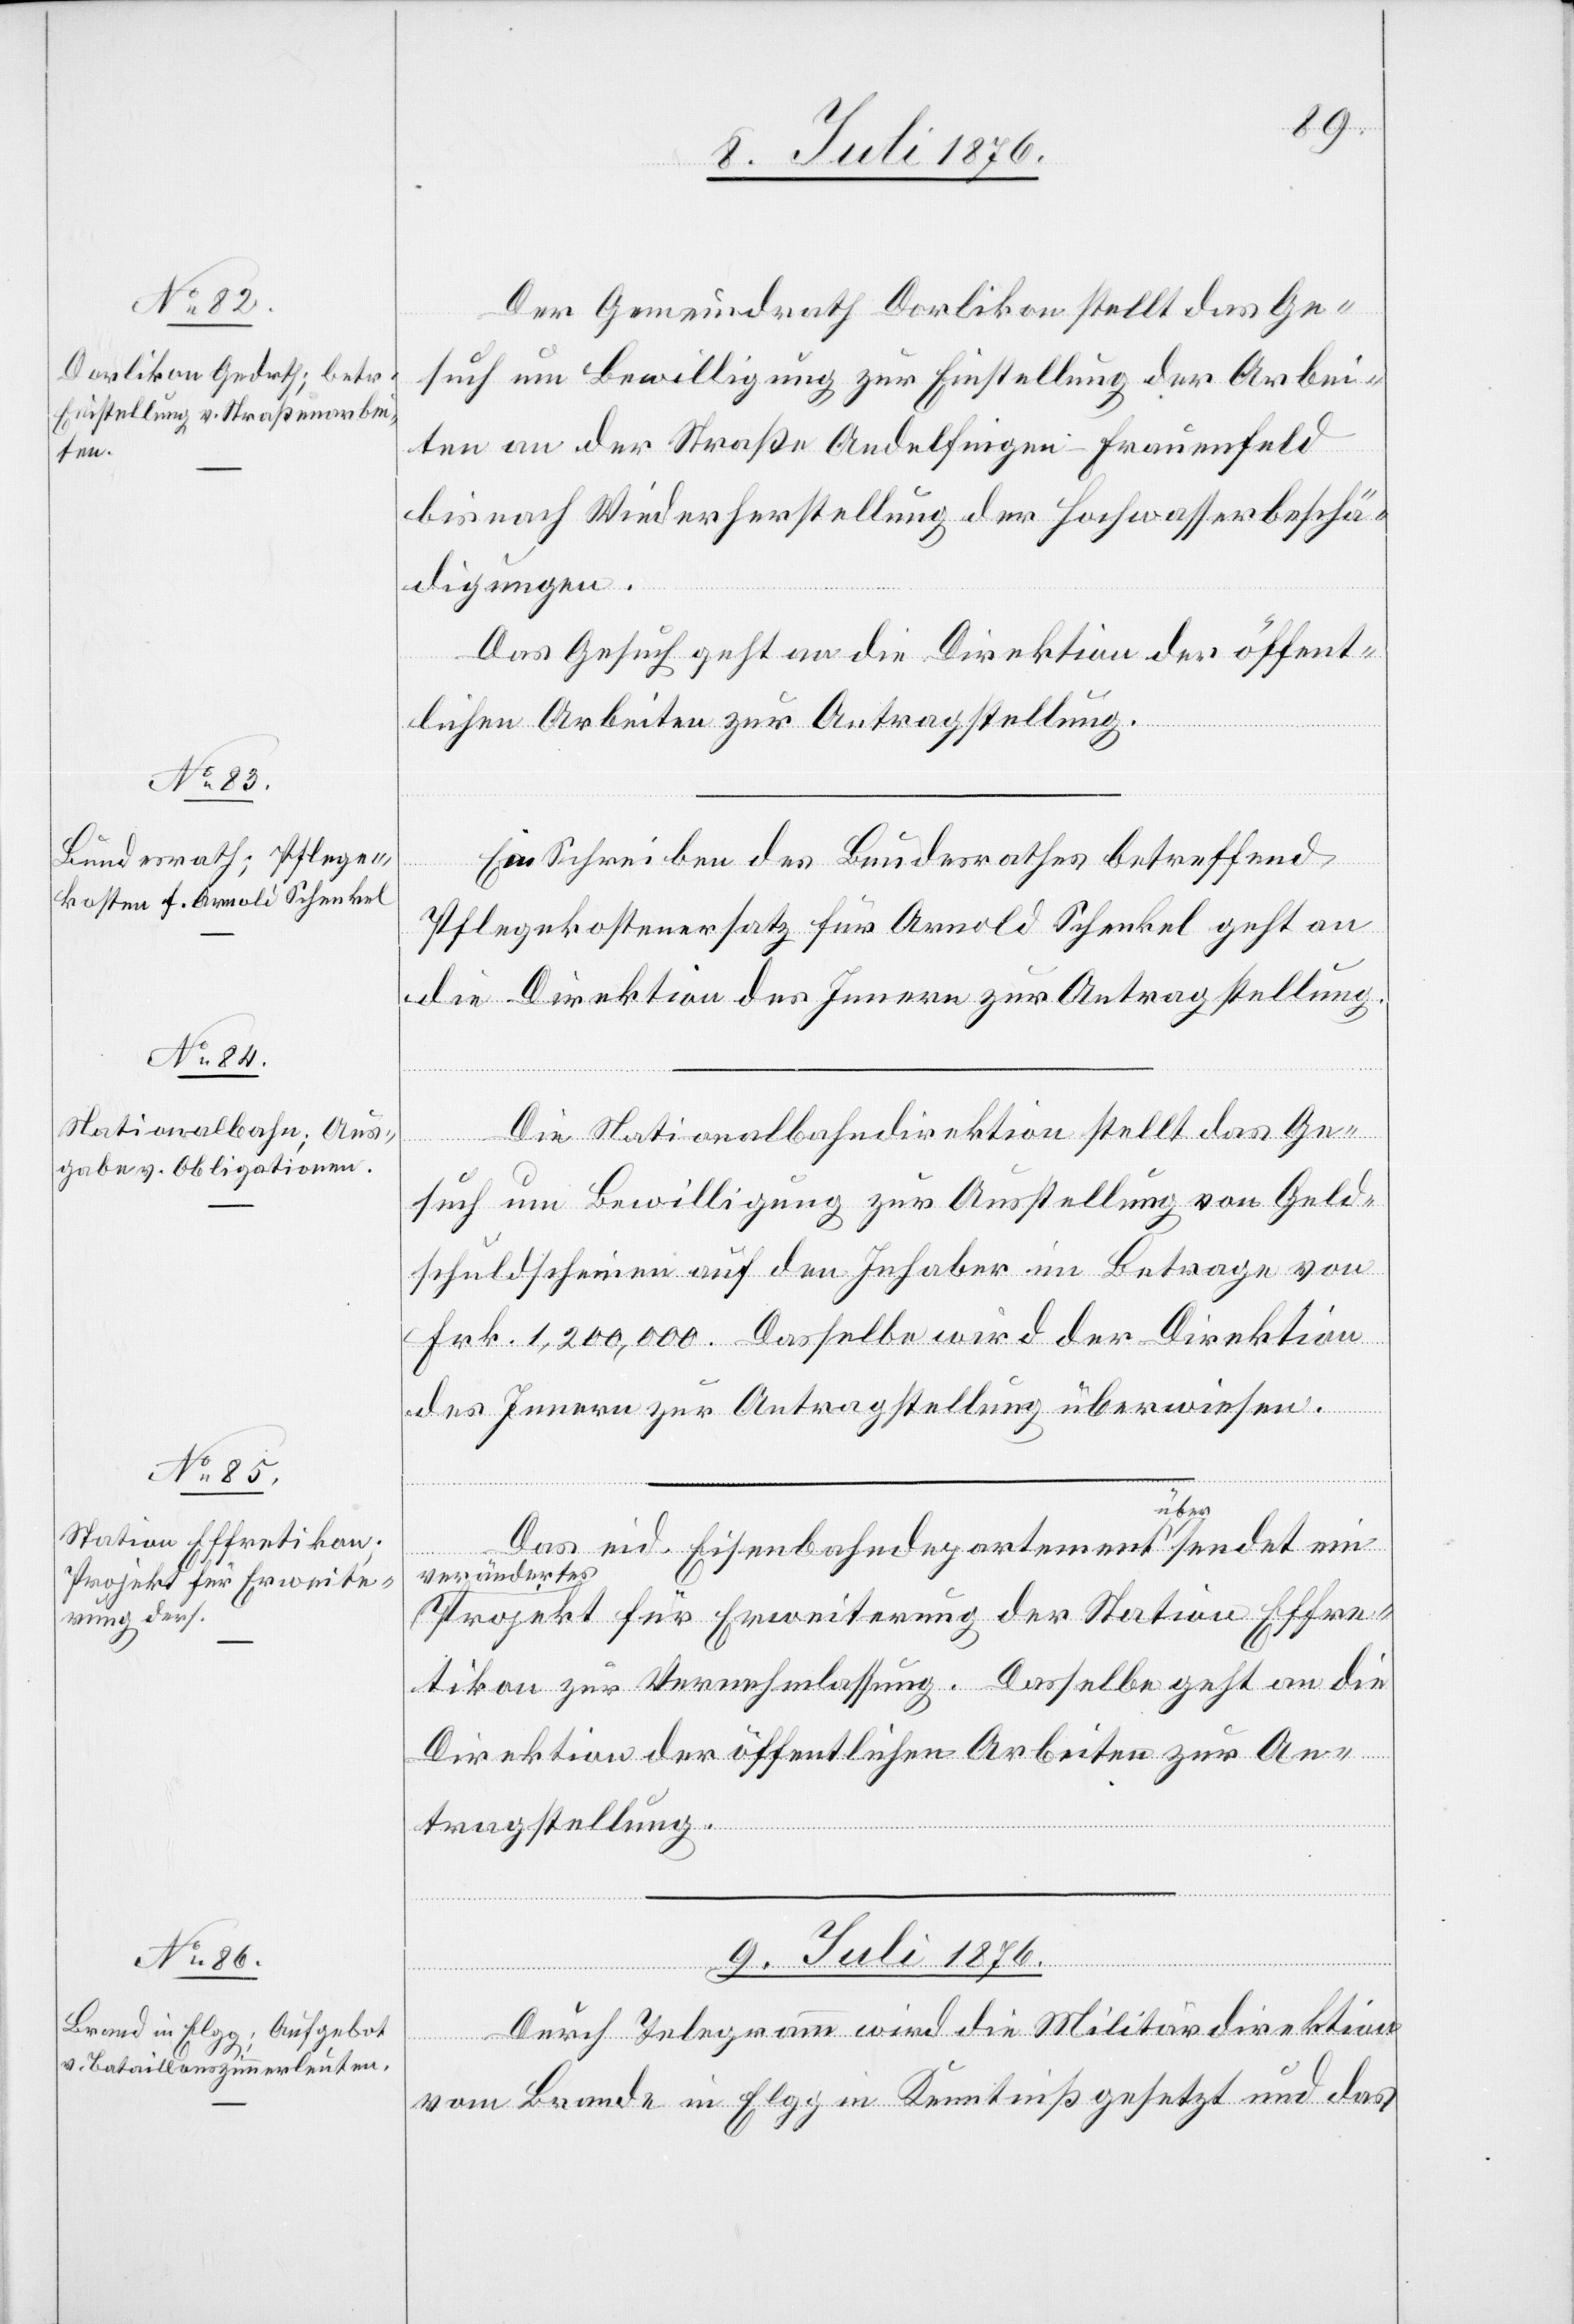
8. Juli 1876.]
Der Gemeindrath Dorlikon stellt das Ge¬
such um Bewilligung zur Einstellung der Arbei¬
ten an der Straße Andelfingen–Frauenfeld
bis nach Wiederherstellung der Hochwasserbeschä¬
digungen.
Das Gesuch geht an die Direktion der öffent¬
lichen Arbeiten zur Antragstellung.
Ein Schreiben des Bundesrathes betreffend
Pflegekostenersatz für Arnold Schenkel geht an
die Direktion des Innern zur Antragstellung.
Die Nationalbahndirektion stellt das Ge¬
such um Bewilligung zur Ausstellung von Geld¬
schuldscheinen auf den Inhaber im Betrage von
Frk. 1,200,000. Dasselbe wird der Direktion
des Innern zur Antragstellung überwiesen.
Das eid. Eisenbahndepartement a über asendet ein
verändertes
aProjekt für Erweiterung der Station Effre¬
tikon zur Vernehmlassung. Dasselbe geht an die
Direktion der öffentlichen Arbeiten zur An¬
tragstellung.
9. Juli 1876.
Durch Telegramm wird die Militärdirektion
vom Brande in Elgg in Kenntniß gesetzt und das